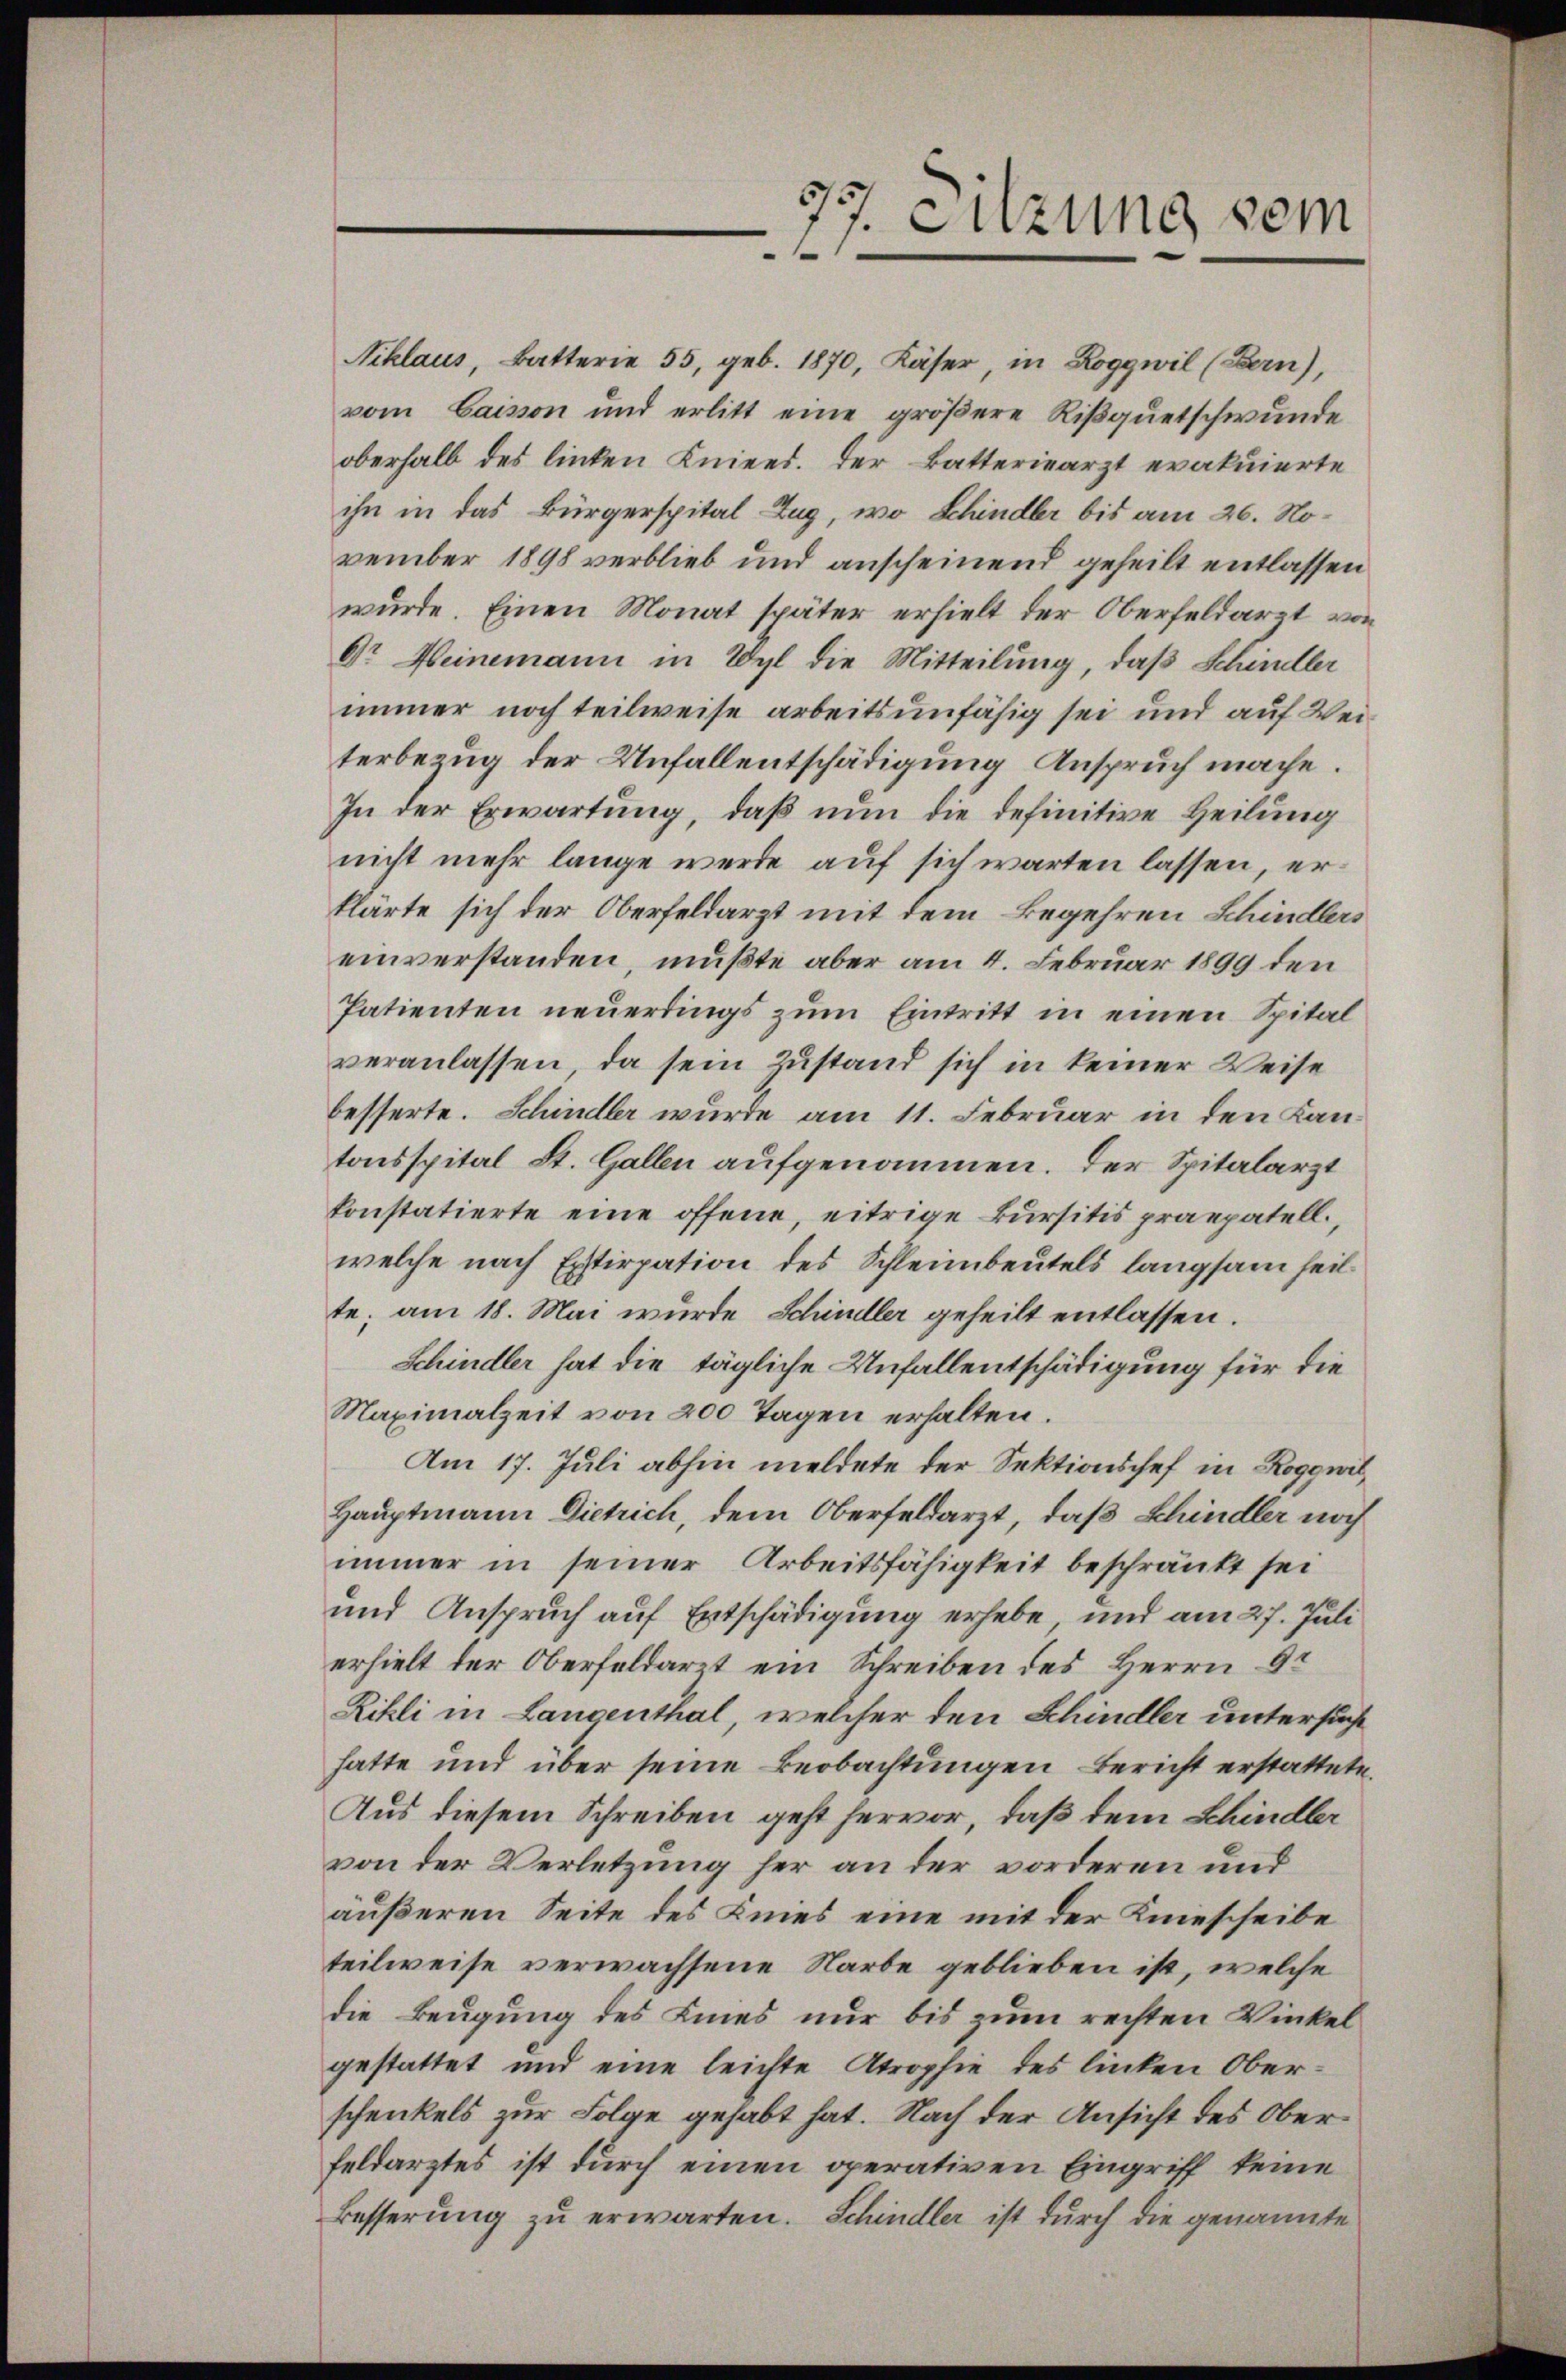
7 Sitzung sein
1

ihn in das Bürgerspital Zug, wo Schindler bis am 26. November 1898 verblieb und anscheinend geheilt entlassen
wurde. Einen Monat später erhielt der Oberfeldarzt von
Dr Meinemann in Wyl die Mitteilung, daß Schindler
immer noch teilweise arbeitsunfähig sei und auf Weiterbezug der Unfallentschädigung Anspruch mache.
In der Erwartung, daß nun die definitive Heilung
nicht mehr lange werde auf sich warten lassen, erklärte sich der Oberfeldarzt mit dem Begehren Schindlers
einverstanden, mußte aber am 4. Februar 1899 den
Patienten neuerdings zum Eintritt in einen Spital
veranlassen, da sein Zustand sich in keiner Weise
besserte. Schindler wurde am 11. Februar in den Kantonsspital St. Gallen aufgenommen. Der Spitalarzt
konstatierte eine offene, eitrige kursitis praepatell.
welche nach Erstirpation des Schleimbeutels langsam heil
te; am 18. Mai wurde Schindler geheilt entlassen.
Schindler hat die tägliche Unfallentschädigung für die
Maximalzeit von 200 Tagen erhalten.
Am 17. Juli abhin meldete der Sektionschef in Roggwil
Hauptmann Dietrich, dem Oberfeldarzt, daß Schindler noch
immer in seiner Arbeitsfähigkeit beschränkt sei
und Anspruch auf Entschädigung erhebe, und am 27. Juli
erhielt der Oberfeldarzt ein Schreiben des Herrn Gr
Rikli in Langenthal, welcher den Schindler untersucht
hatte und über seine Beobachtungen Bericht erstattete.
Aus diesem Schreiben geht hervor, daß dem Schindler
von der Verletzung her an der vorderen und
äußeren Seite des Knies eine mit der Kniescheibe
teilweise verwachsene Narbe geblieben ist, welche
die Beugung des Lines nur bis zum rechten Winkel
gestattet und eine leichte Atrophie des linken Oberschenkels zur Folge gehabt hat. Nach der Ansicht des Oberfeldarztes ist durch einen operativen Eingriff keine
Besserung zu erwarten. Schindler ist durch die genannte

Niklaus, Batterie 55, geb. 1870, Käser, in Roggwil (Bern),
vom Caison und erlitt eine größere Rißquetschwunde
oberhalb des linken Knieed. Der Batteriearzt evakuierte